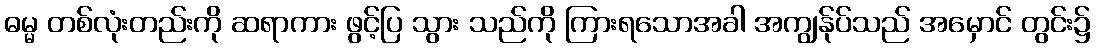
ဓမ္မ တစ်လုံးတည်းကို ဆရာကား ဖွင့်ပြ သွား သည်ကို ကြားရသောအခါ အကျွန်ုပ်သည် အမှောင် တွင်း၌